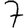
Digit: 7